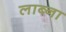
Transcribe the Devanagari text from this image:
लाब्ना